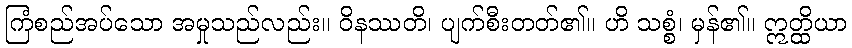
ကြံစည်အပ်သော အမှုသည်လည်း။ ဝိနဿတိ၊ ပျက်စီးတတ်၏။ ဟိ သစ္စံ၊ မှန်၏။ ဣတ္ထိယာ